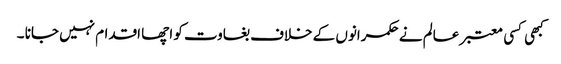
کبھی کسی معتبر عالم نے حکمرانوں کے خلاف بغاوت کو اچھا اقدام نہیں جانا ۔